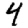
Digit: 4